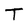
Character: T